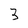
Character: 3